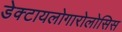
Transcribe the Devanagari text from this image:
डेक्टायलोगारोलोसिस